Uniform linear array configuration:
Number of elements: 24
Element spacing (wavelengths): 0.25
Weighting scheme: hamming
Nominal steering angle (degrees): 60
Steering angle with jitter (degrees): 60.651
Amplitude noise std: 0.05
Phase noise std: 0.05

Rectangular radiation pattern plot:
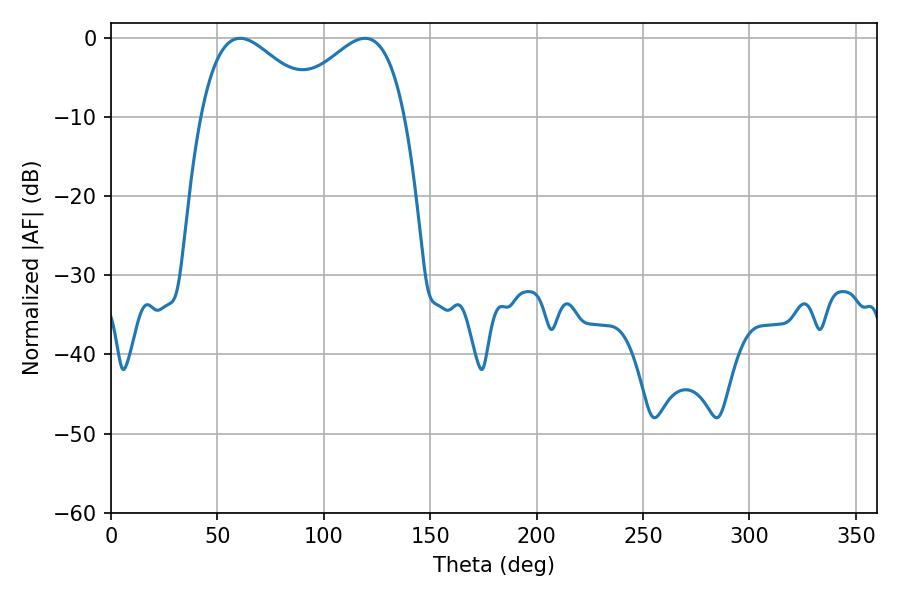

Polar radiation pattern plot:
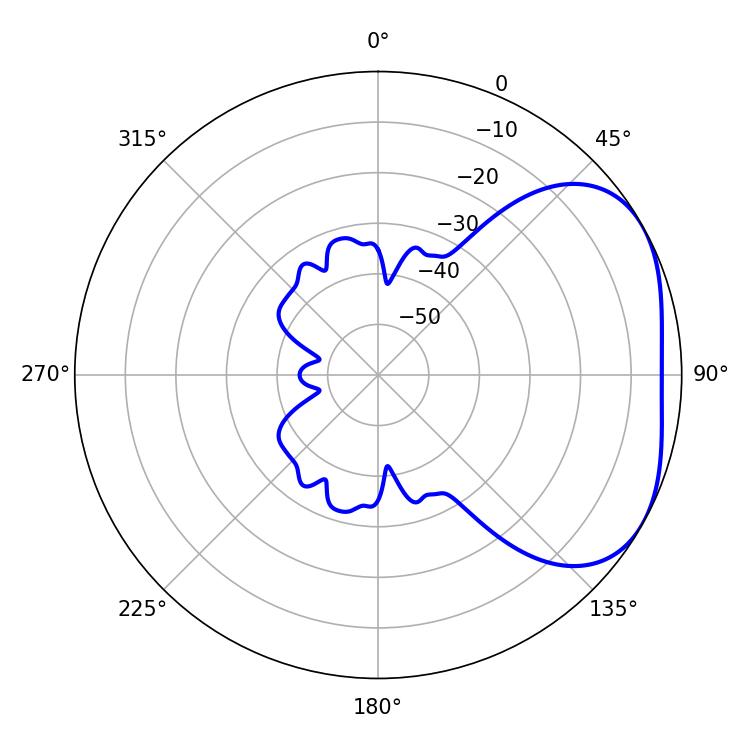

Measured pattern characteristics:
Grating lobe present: FALSE
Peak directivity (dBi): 3.222
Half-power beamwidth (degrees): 30.06
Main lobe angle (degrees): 60.66